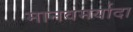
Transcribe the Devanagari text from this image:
मानवमर्यादा